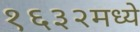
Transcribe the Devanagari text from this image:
१६३२मध्ये